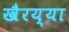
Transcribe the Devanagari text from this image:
खैरय्या